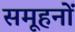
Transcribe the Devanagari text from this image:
समूहनों